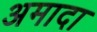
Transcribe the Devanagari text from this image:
अमादा